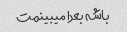
باشه بعدا میبینمت